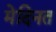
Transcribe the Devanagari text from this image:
मेदिनत